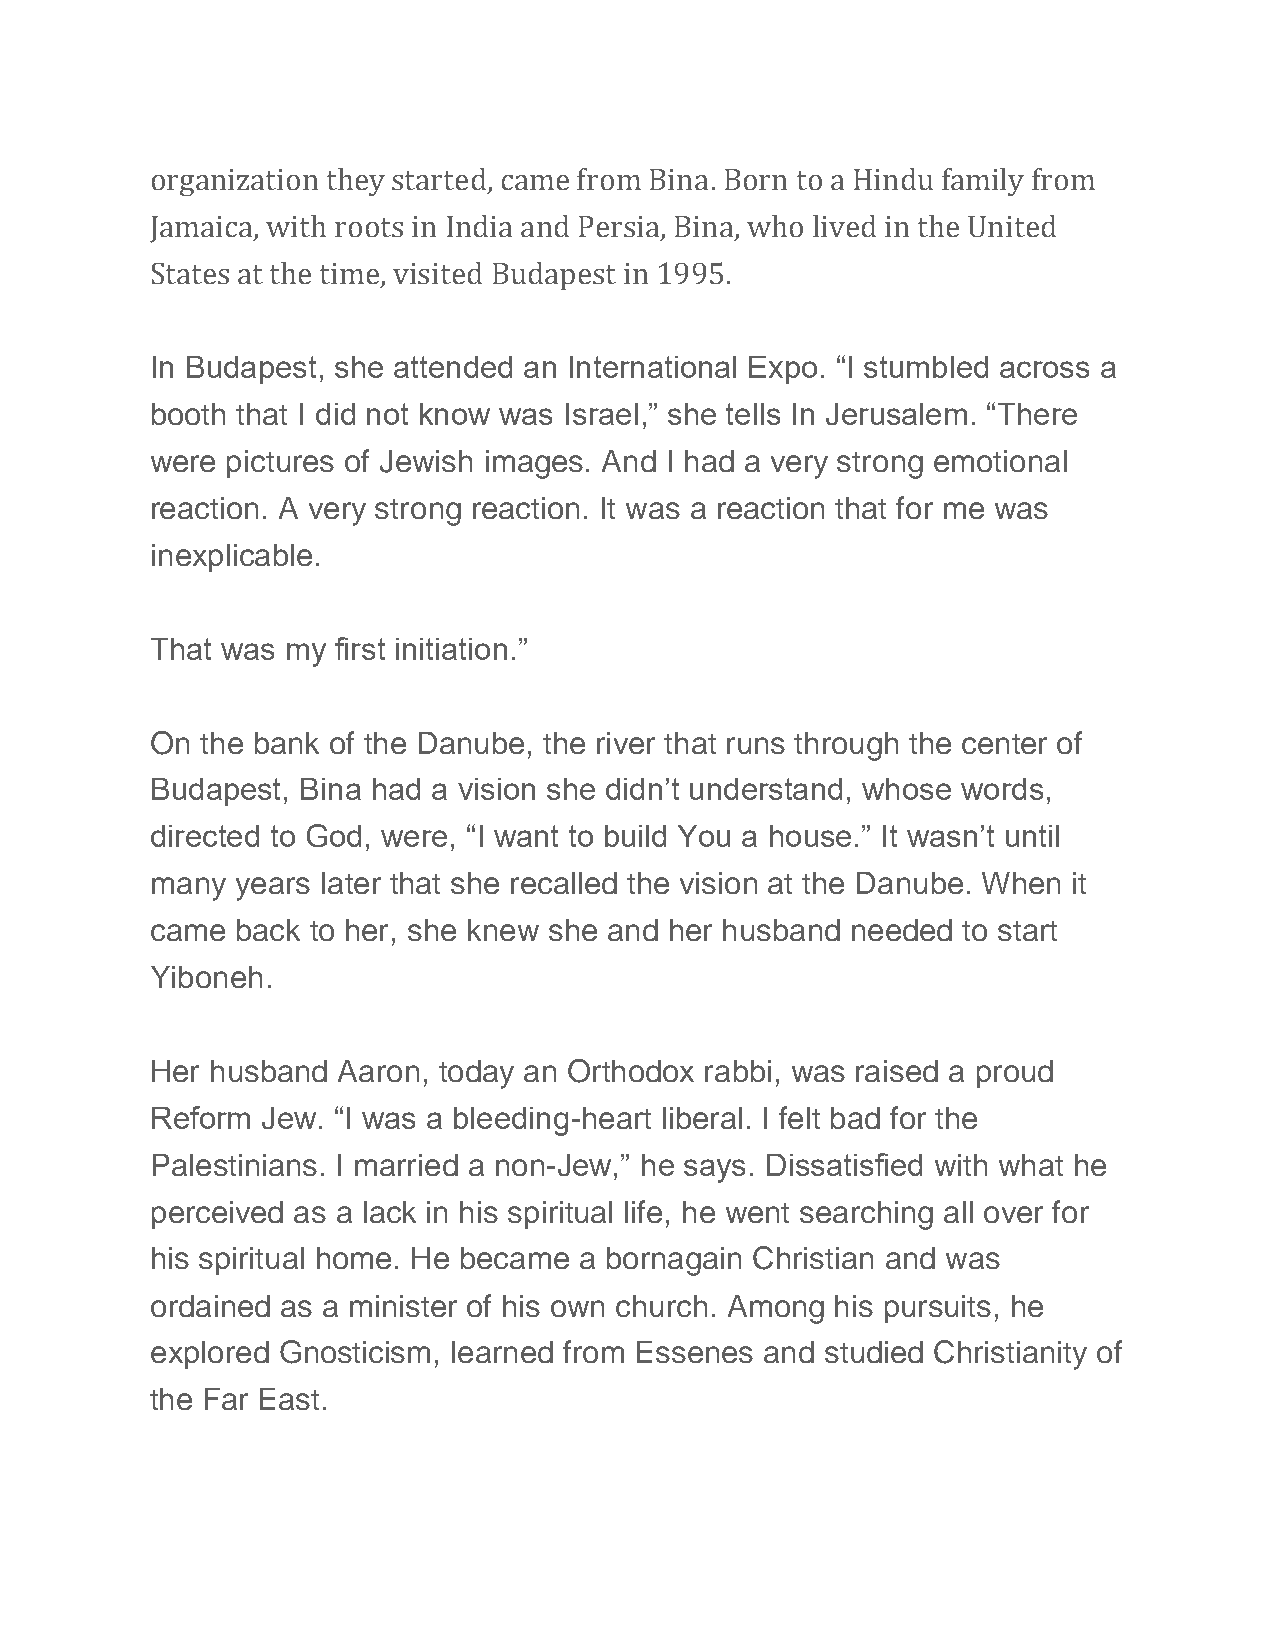
organization they started, came from Bina. Born to a Hindu family from
 Jamaica, with roots in India and Persia, Bina, who lived in the United
 States at the time, visited Budapest in 1995.
 In Budapest, she attended an International Expo. “I stumbled across a
 booth that I did not know was Israel,” she tells In Jerusalem. “There
 were pictures of Jewish images. And I had a very strong emotional
 reaction. A very strong reaction. It was a reaction that for me was
 inexplicable.
 That was my first initiation.”
 On the bank of the Danube, the river that runs through the center of
 Budapest, Bina had a vision she didn’t understand, whose words,
 directed to God, were, “I want to build You a house.” It wasn’t until
 many  years later that she recalled the vision at the Danube. When it
 came  back to her, she knew she and her husband needed to start
 Yiboneh.
 Her husband Aaron, today an Orthodox rabbi, was raised a proud
 Reform Jew. “I was a bleeding-heart liberal. I felt bad for the
 Palestinians. I married a non-Jew,” he says. Dissatisfied with what he
 perceived as a lack in his spiritual life, he went searching all over for
 his spiritual home. He became a bornagain Christian and was
 ordained as a minister of his own church. Among his pursuits, he
 explored Gnosticism, learned from Essenes and studied Christianity of
 the Far East.